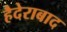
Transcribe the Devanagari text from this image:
हैदेराबाद